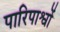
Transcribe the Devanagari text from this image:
पारिपाश्वों